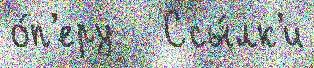
о́п'еру   Ссы́лк'и